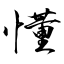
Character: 懂